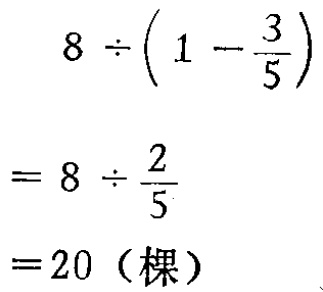
\[

\begin{align*}

&8\div\left(1 - \frac{3}{5}\right)\\

=&8\div\frac{2}{5}\\

=&20 \text{（棵）}

\end{align*}

\]